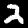
Label: 2